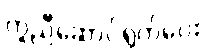
ကူညီဆောင်ရွက်ပေး